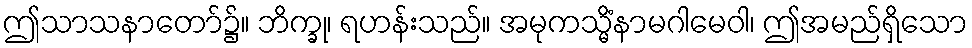
ဤသာသနာတော်၌။ ဘိက္ခု၊ ရဟန်းသည်။ အမုကသ္မိံနာမဂါမေဝါ၊ ဤအမည်ရှိသော